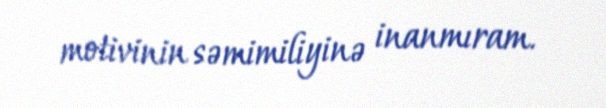
motivinin səmimiliyinə inanmıram.